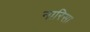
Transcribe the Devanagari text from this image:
नारिसा